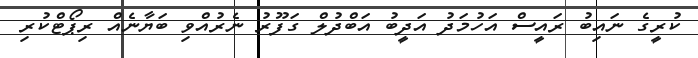
ކުރީގެ ނައިބު ރައީސް އަހުމަދު އަދީބު އަބްދުލް ގަފޫރު ނެރުއްވި ބަޔާނެއް ރިޕޯޓްކުރި